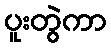
ပူးတွဲကာ